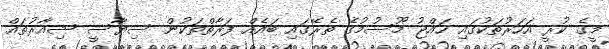
މީގެ ކުރީ އަހަރުތަކުގައި ހައްޖު މޫސުމުގެ ތެރޭގައި ބައެއް ފަރާތްތަކުން ސިޔާސީ ޝިއާރުތައް